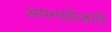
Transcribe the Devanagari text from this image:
अपनायेजाते